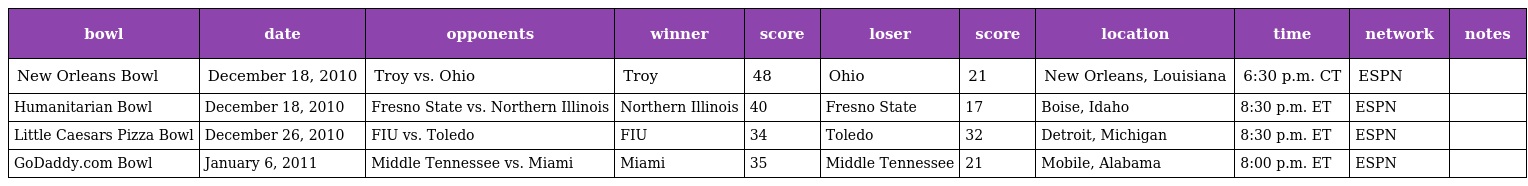
| bowl | date | opponents | winner | score | loser | score | location | time | network | notes |
 | --- | --- | --- | --- | --- | --- | --- | --- | --- | --- | --- |
 | New Orleans Bowl | December 18, 2010 | Troy vs. Ohio | Troy | 48 | Ohio | 21 | New Orleans, Louisiana | 6:30 p.m. CT | ESPN |  |
 | Humanitarian Bowl | December 18, 2010 | Fresno State vs. Northern Illinois | Northern Illinois | 40 | Fresno State | 17 | Boise, Idaho | 8:30 p.m. ET | ESPN |  |
 | Little Caesars Pizza Bowl | December 26, 2010 | FIU vs. Toledo | FIU | 34 | Toledo | 32 | Detroit, Michigan | 8:30 p.m. ET | ESPN |  |
 | GoDaddy.com Bowl | January 6, 2011 | Middle Tennessee vs. Miami | Miami | 35 | Middle Tennessee | 21 | Mobile, Alabama | 8:00 p.m. ET | ESPN |  |